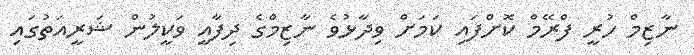
ނާޒިމް ހުރީ ފްރޭމް ކޮށްފައި ކަމަށް ވިދާޅުވެ ނާޒިމްގެ ދިފާއީ ވަކީލުން ޝަރީއަތުގައި